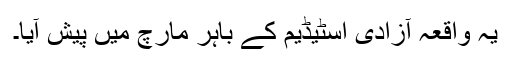
يہ واقعہ آزادی اسٹيڈيم کے باہر مارچ ميں پيش آيا۔